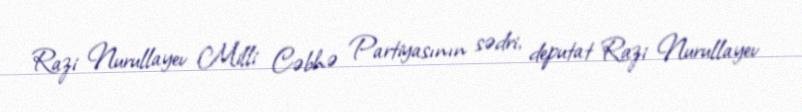
Razi Nurullayev Milli Cəbhə Partiyasının sədri, deputat Razi Nurullayev